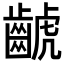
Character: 𪘰